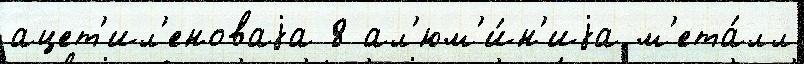
ацет'ил'еноваjа 8 ал'юм'и́н'иjа м'ета́лл